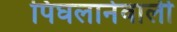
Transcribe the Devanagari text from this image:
पिघलानेवाली